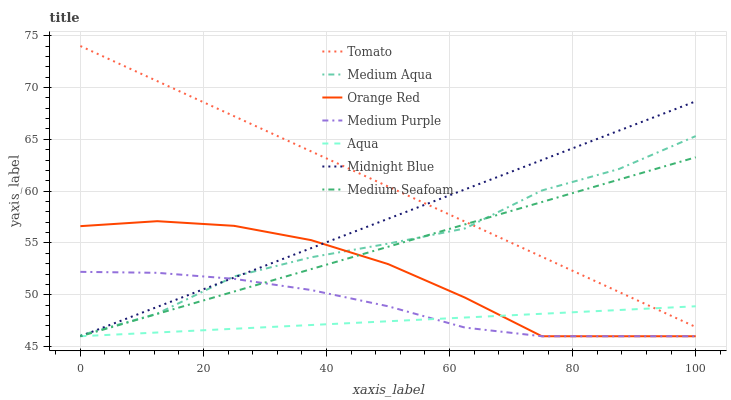
| xaxis_label | Tomato | Medium Aqua | Orange Red | Medium Purple | Aqua | Midnight Blue | Medium Seafoam |
 | --- | --- | --- | --- | --- | --- | --- | --- |
 | 0 | 74 | 46.1 | 56.6 | 52.2 | 46 | 46 | 46 |
 | 12.5 | 70.6 | 48.2 | 57.1 | 52.1 | 46.4 | 48.8 | 48.2 |
 | 25 | 67.2 | 51.8 | 56.7 | 51.5 | 46.7 | 51.7 | 50.3 |
 | 37.5 | 63.8 | 53.6 | 55.3 | 50.5 | 47.1 | 54.5 | 52.5 |
 | 50 | 60.4 | 54.9 | 53 | 48.9 | 47.4 | 57.3 | 54.6 |
 | 62.5 | 57.1 | 56.4 | 49.7 | 46.8 | 47.8 | 60.2 | 56.8 |
 | 75 | 53.7 | 60.1 | 46 | 46 | 48.2 | 63 | 58.9 |
 | 87.5 | 50.3 | 62.1 | 46 | 46 | 48.5 | 65.8 | 61.1 |
 | 100 | 46.9 | 65.3 | 46 | 46 | 48.9 | 68.7 | 63.3 |